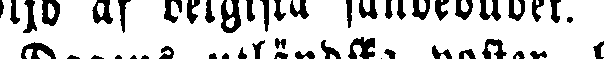
följd af belgiska sändebudet.